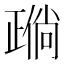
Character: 𬆈